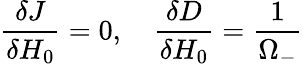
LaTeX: \frac{\delta J}{\delta H_{0}}=0,\quad\frac{\delta D}{\delta H_{0}}=\frac{1}{\Omega_{-}}